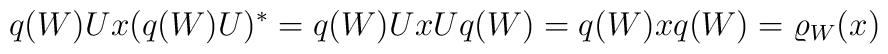
q(W)Ux(q(W)U)^*=q(W)UxUq(W)=q(W)xq(W)=\varrho_W(x)